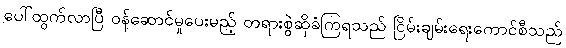
ပေါ်ထွက်လာပြီ ဝန်ဆောင်မှုပေးမည့် တရားစွဲဆိုခံကြရသည် ငြိမ်းချမ်းရေးကောင်စီသည်